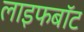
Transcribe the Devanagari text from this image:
लाइफबाॅट